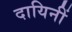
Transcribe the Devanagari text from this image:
दायिनीं